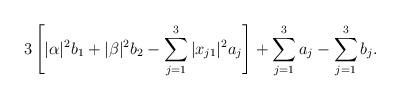
LaTeX: \begin{align*}3\left[|\alpha|^2 b_1 + |\beta|^2 b_2 - \sum_{j=1}^3 |x_{j1}|^2 a_j\right] + \sum_{j=1}^3 a_j - \sum_{j=1}^3 b_j.\end{align*}